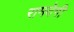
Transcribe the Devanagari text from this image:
रामदेगी